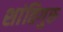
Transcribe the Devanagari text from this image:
शांतिगुरु